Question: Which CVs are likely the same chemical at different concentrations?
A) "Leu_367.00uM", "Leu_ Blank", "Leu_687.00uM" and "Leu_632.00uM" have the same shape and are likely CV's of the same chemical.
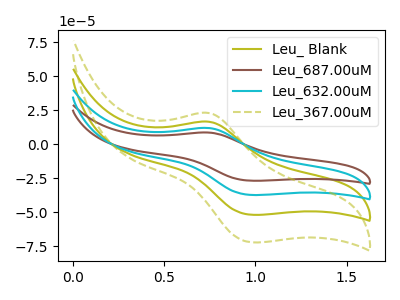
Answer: <think>The olive curve "Leu_ Blank" has an anodic peak at (0.75V, 16.55uA) and a cathodic peak at (1.00V, -52.00uA). The brown curve "Leu_687.00uM" has an anodic peak at (0.75V, 49.60uA) and a cathodic peak at (1.00V, -155.95uA). The cyan curve "Leu_632.00uM" has an anodic peak at (0.75V, 33.05uA) and a cathodic peak at (1.00V, -103.95uA). The olive dashed curve "Leu_367.00uM" has an anodic peak at (0.75V, 23.00uA) and a cathodic peak at (1.00V, -72.25uA).
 All the peaks in "Leu_ Blank" have a peak in "Leu_687.00uM" at the same potential. Every peak in "Leu_ Blank" is lower than every peak in "Leu_687.00uM". All the peaks in "Leu_ Blank" have a peak in "Leu_632.00uM" at the same potential. Every peak in "Leu_ Blank" is lower than every peak in "Leu_632.00uM". All the peaks in "Leu_ Blank" have a peak in "Leu_367.00uM" at the same potential. Every peak in "Leu_ Blank" is lower than every peak in "Leu_367.00uM". All the peaks in "Leu_687.00uM" have a peak in "Leu_632.00uM" at the same potential. Every peak in "Leu_687.00uM" is higher than every peak in "Leu_632.00uM". All the peaks in "Leu_687.00uM" have a peak in "Leu_367.00uM" at the same potential. Every peak in "Leu_687.00uM" is higher than every peak in "Leu_367.00uM". All the peaks in "Leu_632.00uM" have a peak in "Leu_367.00uM" at the same potential. Every peak in "Leu_632.00uM" is higher than every peak in "Leu_367.00uM".</think>
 <answer>A) "Leu_367.00uM", "Leu_ Blank", "Leu_687.00uM" and "Leu_632.00uM" have the same shape and are likely CV's of the same chemical.</answer>
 <eval>A</eval>